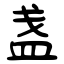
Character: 盏